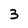
Character: 3